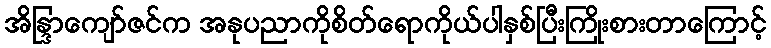
အိန္ဒြာကျော်ဇင်က အနုပညာကိုစိတ်ရောကိုယ်ပါနှစ်ပြီးကြိုးစားတာကြောင့်